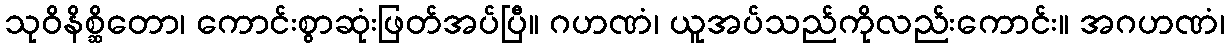
သုဝိနိစ္ဆိတော၊ ကောင်းစွာဆုံးဖြတ်အပ်ပြီ။ ဂဟဏံ၊ ယူအပ်သည်ကိုလည်းကောင်း။ အဂဟဏံ၊